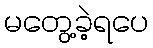
မတွေ့ခဲ့ရပေ